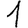
Digit: 1